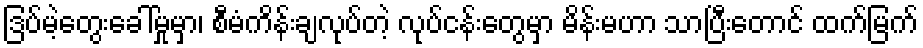
ဒြပ်မဲ့တွေးခေါ်မှုမှာ၊ စီမံကိန်းချလုပ်တဲ့ လုပ်ငန်းတွေမှာ မိန်းမဟာ သာပြီးတောင် ထက်မြက်